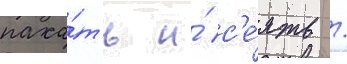
паха́ть и́ с'е́ять /